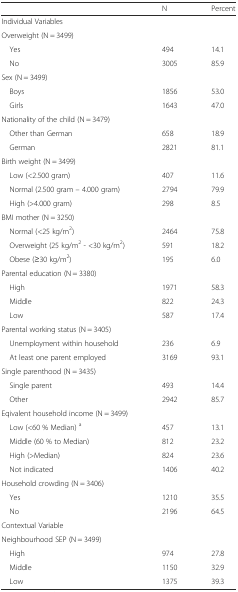
|  | N | Percent |
 | --- | --- | --- |
 | Individual Variables |  |  |
 | Overweight (N = 3499) |  |  |
 | Yes | 494 | 14.1 |
 | No | 3005 | 85.9 |
 | Sex (N = 3499) |  |  |
 | Boys | 1856 | 53.0 |
 | Girls | 1643 | 47.0 |
 | Nationality of the child (N = 3479) |  |  |
 | Other than German | 658 | 18.9 |
 | German | 2821 | 81.1 |
 | Birth weight (N = 3499) |  |  |
 | Low (<2.500 gram) | 407 | 11.6 |
 | Normal (2.500 gram – 4.000 gram) | 2794 | 79.9 |
 | High (>4.000 gram) | 298 | 8.5 |
 | BMI mother (N = 3250) |  |  |
 | Normal (<25 kg/m2) | 2464 | 75.8 |
 | Overweight (25 kg/m2 - <30 kg/m2) | 591 | 18.2 |
 | Obese (≥30 kg/m2) | 195 | 6.0 |
 | Parental education (N = 3380) |  |  |
 | High | 1971 | 58.3 |
 | Middle | 822 | 24.3 |
 | Low | 587 | 17.4 |
 | Parental working status (N = 3405) |  |  |
 | Unemployment within household | 236 | 6.9 |
 | At least one parent employed | 3169 | 93.1 |
 | Single parenthood (N = 3435) |  |  |
 | Single parent | 493 | 14.4 |
 | Other | 2942 | 85.7 |
 | Eqivalent household income (N = 3499) |  |  |
 | Low (<60 % Median) a | 457 | 13.1 |
 | Middle (60 % to Median) | 812 | 23.2 |
 | High (>Median) | 824 | 23.6 |
 | Not indicated | 1406 | 40.2 |
 | Household crowding (N = 3406) |  |  |
 | Yes | 1210 | 35.5 |
 | No | 2196 | 64.5 |
 | Contextual Variable |  |  |
 | Neighbourhood SEP (N = 3499) |  |  |
 | High | 974 | 27.8 |
 | Middle | 1150 | 32.9 |
 | Low | 1375 | 39.3 |